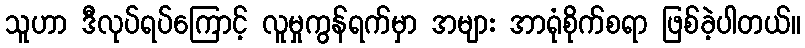
သူဟာ ဒီလုပ်ရပ်ကြောင့် လူမှုကွန်ရက်မှာ အများ အာရုံစိုက်စရာ ဖြစ်ခဲ့ပါတယ်။